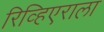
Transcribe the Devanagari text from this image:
रिव्हिएराला